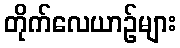
တိုက်လေယာဉ်များ